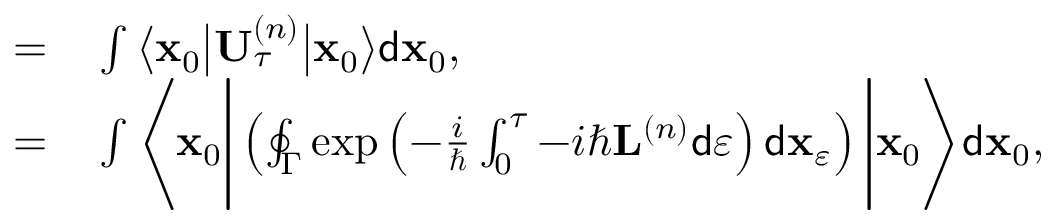
\begin{array} { r l } { = } & { { } \int \big \langle \mathbf { x } _ { 0 } \big \vert \mathbf { U } _ { \tau } ^ { \left( n \right) } \big \vert \mathbf { x } _ { 0 } \big \rangle \mathsf { d } \mathbf { x } _ { 0 } , } \\ { = } & { { } \int \Bigg \langle \mathbf { x } _ { 0 } \Bigg \vert \left( \oint _ { \Gamma } \exp \left( - \frac { i } { \hbar } \int _ { 0 } ^ { \tau } - i \hbar \mathbf { L } ^ { \left( n \right) } \mathsf { d } \varepsilon \right) \mathsf { d } \mathbf { x } _ { \varepsilon } \right) \Bigg \vert \mathbf { x } _ { 0 } \Bigg \rangle \mathsf { d } \mathbf { x } _ { 0 } , } \end{array}